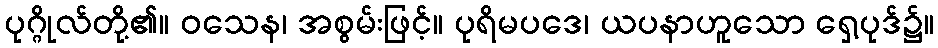
ပုဂ္ဂိုလ်တို့၏။ ဝသေန၊ အစွမ်းဖြင့်။ ပုရိမပဒေ၊ ယပနာဟူသော ရှေ့ပုဒ်၌။